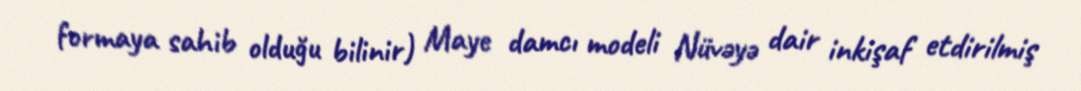
formaya sahib olduğu bilinir) Maye damcı modeli Nüvəyə dair inkişaf etdirilmiş